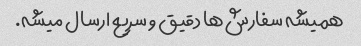
همیشه سفارش‌ها دقیق و سریع ارسال میشه.